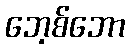
ဘေ့စ်ဘော